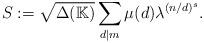
LaTeX: \begin{align*}S:={\sqrt{\Delta({\mathbb K})}}\sum_{d\vert m} \mu(d) \lambda^{(n/d)^s}.\end{align*}